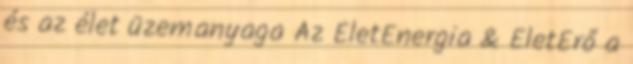
és az élet üzemanyaga Az ÉletEnergia & ÉletErő a